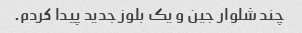
چند شلوار جین و یک بلوز جدید پیدا کردم.